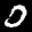
Label: 0